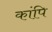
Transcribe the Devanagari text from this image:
कांपि